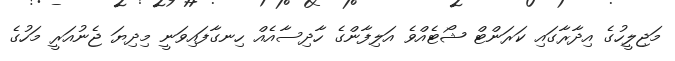
މަޖިލީހުގެ އިދާރާގައި ކަރަންޓް ޝޯޓެއްވެެ އަލިފާންގެ ހާދިސާއެއް ހިނގާފައިވަނީ މިދިޔަ ޖެނުއަރީ މަހުގެ